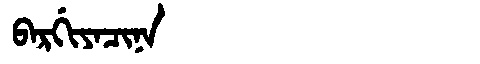
Manchu: ᠪᠠᡵᡤᡳᠶᠠᠴᡳᠨᠠ
Romanization: BARGIYACINA